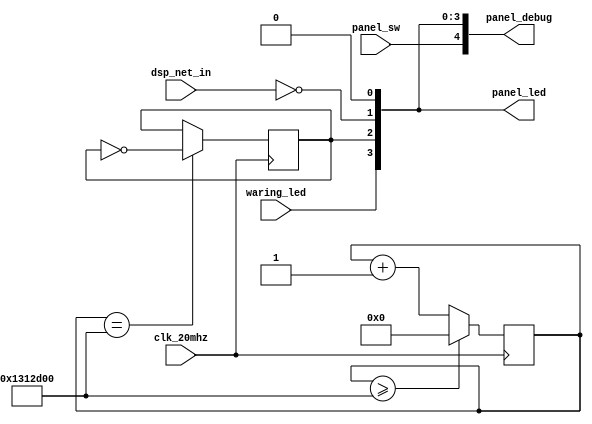
//*********************************************
//            LED
//  LED-0               V22 
//  LED-2      V21 
//  LED-1   DSPS      V20
//  LED-3   
//  SW-sig        T20
//**********************************************
module panel_ctr(
input               clk_20mhz,
input               panel_sw,
input               dsp_net_in,
input               waring_led,
output  [3:0]       panel_led,

output  [4:0]       panel_debug

);

parameter       TIMER_1S_CNT        =   25'd20000000,
                TIMER_1S_CNT_2      =   25'd10000000;

reg     [3:0]       panel_led_r     =   4'b1111;

reg     [24:0]      led_1s_cnt      =   25'd0;

//1s
always@(posedge clk_20mhz) begin
    if(led_1s_cnt[24:0] >= TIMER_1S_CNT)
        led_1s_cnt[24:0]            <=  25'd0;
    else
        led_1s_cnt[24:0]            <=  led_1s_cnt[24:0] + 1'b1;
end

//led3 0.5s
always@(posedge clk_20mhz) begin
    if(led_1s_cnt[23:0] == TIMER_1S_CNT_2)
        panel_led_r[2]              <=  ~panel_led_r[2];
    else
        panel_led_r[2]              <=  panel_led_r[2];
end

//led2 1s
always@(posedge clk_20mhz) begin
    if(led_1s_cnt[24:0] == TIMER_1S_CNT)
        panel_led_r[1]              <=  ~panel_led_r[1];
    else
        panel_led_r[1]              <=  panel_led_r[1];
end 
        
assign  panel_led[0]        =   1'b0;             //
assign  panel_led[1]        =   ~dsp_net_in;	  //panel_led_r[2];   //FPGA 0.5s
assign  panel_led[2]        =   panel_led_r[1];   //dsp  0.5s
// assign  panel_led[3]        =   1'b1;
assign  panel_led[3]        =   waring_led;

assign  panel_debug[3:0]    =   panel_led[3:0];
assign  panel_debug[4]      =   panel_sw;

endmodule